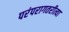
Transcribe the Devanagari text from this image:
परंपरागतरीत्या